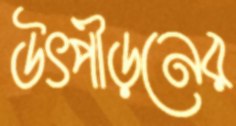
উৎপীড়নের